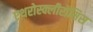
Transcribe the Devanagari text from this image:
एथरोस्क्लीरोसिस